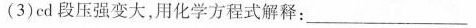
(3)cd段压强变大，用化学方程式解释：___